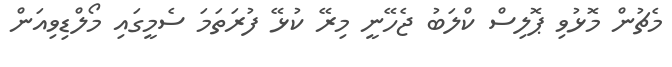
މެޗުން މޮޅުވި ޕޮލިސް ކްލަބު ޖެހޭނީ މިރޭ ކުޅޭ ފުރަތަމަ ސެމީގައި މޯލްޑިވިއަން